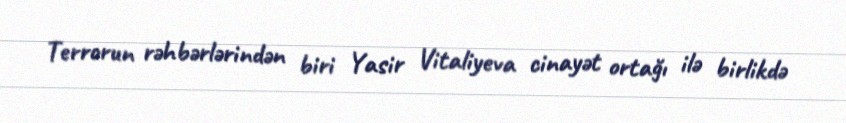
Terrorun rəhbərlərindən biri Yasir Vitaliyeva cinayət ortağı ilə birlikdə